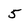
Character: 5